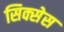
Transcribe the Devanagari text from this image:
सिक्सेस